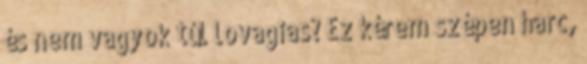
és nem vagyok túl lovagias? Ez kérem szépen harc,